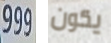
999 يكون